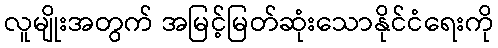
လူမျိုးအတွက် အမြင့်မြတ်ဆုံးသောနိုင်ငံရေးကို